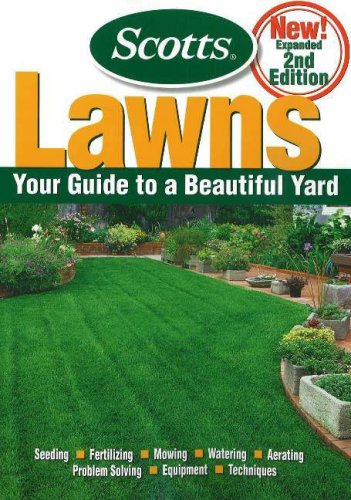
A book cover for Lawns; Scotts; Crafts, Hobbies & Home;